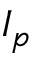
I _ { p }